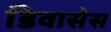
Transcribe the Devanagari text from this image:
डिवासेस